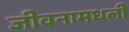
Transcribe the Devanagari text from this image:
जीवनामधली